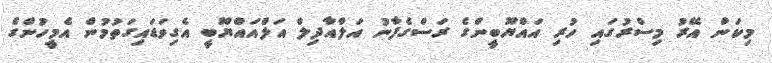
މިކަން އޭރު މިސްރުގައި ހުރި އައްޔޫބީންގެ ރަސްގެފާނު އަލްއާދިލް އަލްއައްޔޫބީ އެގިވަޑައިގަތުމުން އެމީހުންގެ